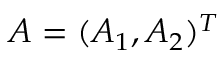
A = ( A _ { 1 } , A _ { 2 } ) ^ { T }